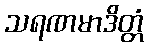
သရဏမာဒိတ္တံ